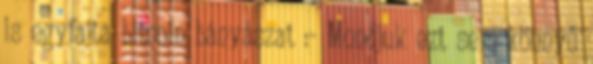
is egyfajta bitcoin bányászat :- Mondjuk ezt sem könnyű